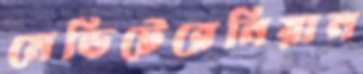
মেডিটেরেনিয়ান